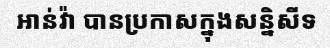
អាន់វ៉ា បានប្រកាសក្នុងសន្និសីទ